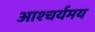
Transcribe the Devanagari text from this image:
आश्चर्यमय